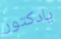
يادكتور